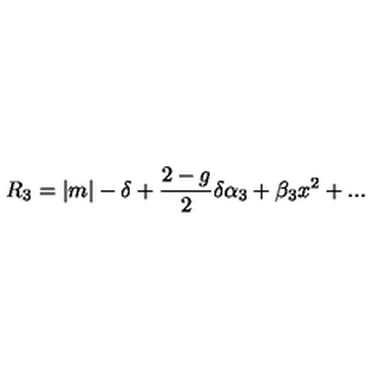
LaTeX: R _ { 3 } = | m | - \delta + { \frac { 2 - g } { 2 } } \delta \alpha _ { 3 } + \beta _ { 3 } x ^ { 2 } + . . .